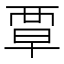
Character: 覃